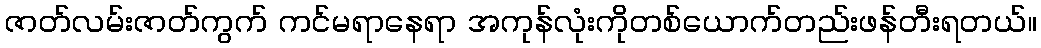
ဇာတ်လမ်းဇာတ်ကွက် ကင်မရာနေရာ အကုန်လုံးကိုတစ်ယောက်တည်းဖန်တီးရတယ်။